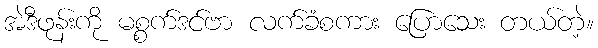
အဲဒီဖုန်းကို မစ္စက်ဒင်ဗာ လက်ခံစကား ပြောသေး တယ်တဲ့။